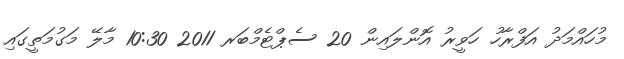
މުހައްމަދު އަފްރާހު ހަވީރު އޮންލައިން 20 ސެޕްޓެމްބަރ 2011 10:30 މާލޭ މަގުމަތީގައި